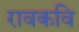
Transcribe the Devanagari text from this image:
रावकवि